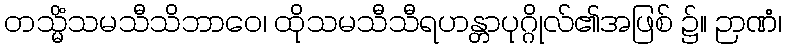
တသ္မိံသမသီသိဘာဝေ၊ ထိုသမသီသီရဟန္တာပုဂ္ဂိုလ်၏အဖြစ် ၌။ ဉာဏံ၊